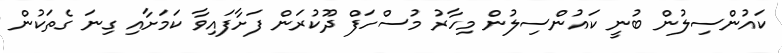
ކައުންސިލުން ބުނީ ކައުންސިލުން މިހާރު މުސްހަފް ދޫކުރަން ފަށާފައިވާ ކަމަށާއި ގިނަ ގެތަކުން